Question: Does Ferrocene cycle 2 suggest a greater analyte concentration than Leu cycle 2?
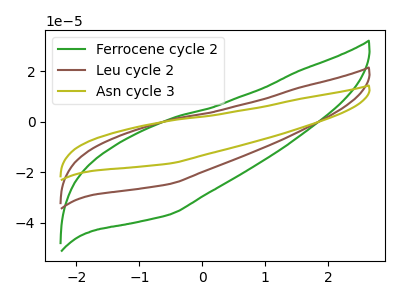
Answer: <think>The green curve "Ferrocene cycle 2" has no peaks. The brown curve "Leu cycle 2" has no peaks. The olive curve "Asn cycle 3" has no peaks.
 Neither "Ferrocene cycle 2" or "Leu cycle 2" have any peaks.</think>
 <answer>I cant tell if "Ferrocene cycle 2" or "Leu cycle 2" has more signal.</answer>
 <eval>mixed_signal</eval>